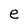
Character: e